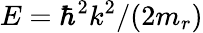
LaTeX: E=\hbar^{2}k^{2}/(2m_{r})